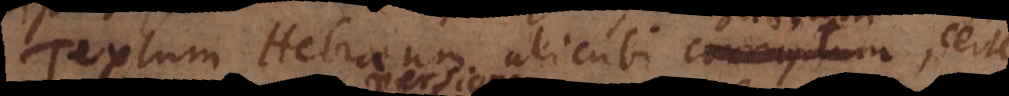
Textum Hebraeum alicubi corruptum, certe